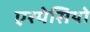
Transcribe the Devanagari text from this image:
एस्पेसियो